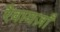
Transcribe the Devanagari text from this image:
रैवायज़ाँ